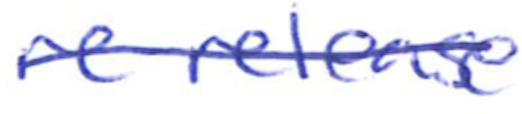
Text: re-release
Cross-out: single-line
Writing tool: ballpoint